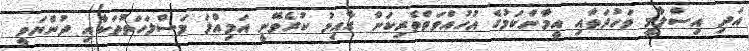
އަދި އިސްލާމީ ވަހުދަތާއި އީމާންކަމުގެ އުހުއްވަތްތެރިކަން ގާއިމު ކުރެވޭނީ އަމިއްލަ މަސްލަހަތުތަކާއި ދުންޔަވީ